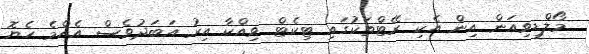
މޯލްޑިވިއަން އިން އެކި ރޭޓްތަކުގައި ޓިކެޓް ވިއްކާ އިރު އަބަދުވެސް އެއްމެ ހެޔޮ